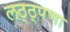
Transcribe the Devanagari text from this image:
लठ्ठ्पणा